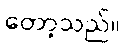
တော့သည်။